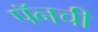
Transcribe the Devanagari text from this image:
पॅनची